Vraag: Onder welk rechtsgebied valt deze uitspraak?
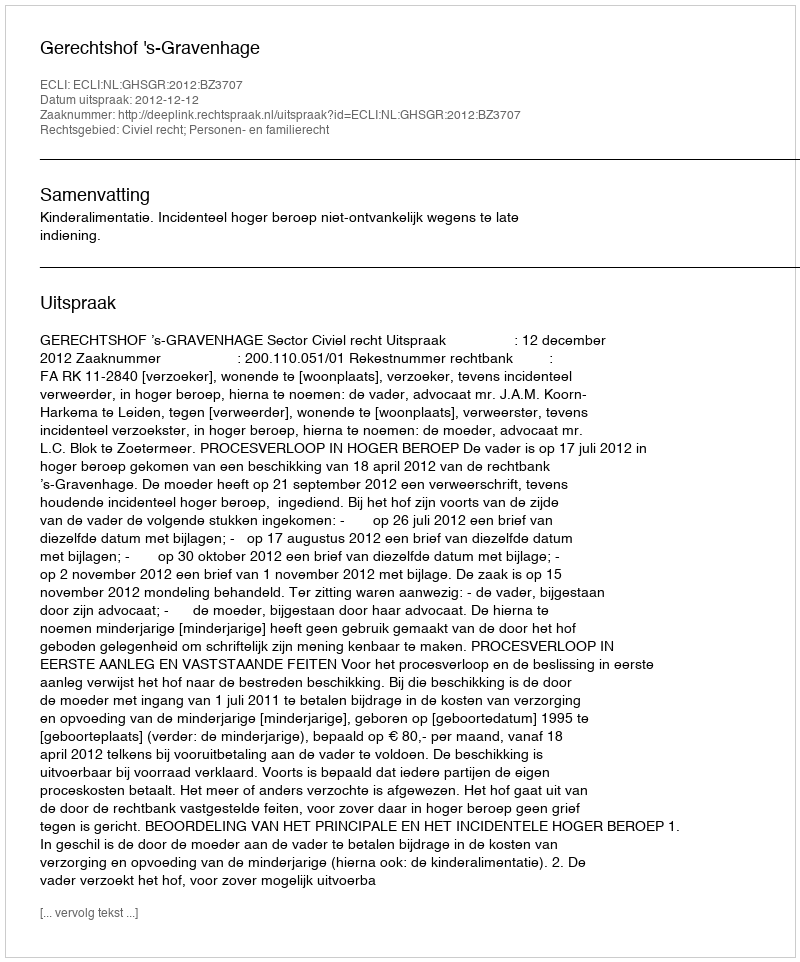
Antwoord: Civiel recht; Personen- en familierecht